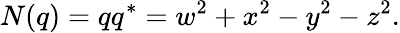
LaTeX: N(q)=qq^{*}=w^{2}+x^{2}-y^{2}-z^{2}.